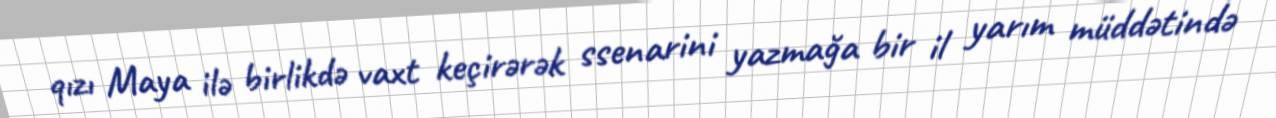
qızı Maya ilə birlikdə vaxt keçirərək ssenarini yazmağa bir il yarım müddətində